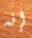
إنه